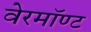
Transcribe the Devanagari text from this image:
वेरमॉण्ट